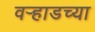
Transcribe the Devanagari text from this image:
वर्‍हाडच्या